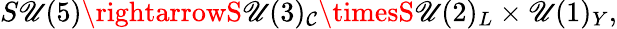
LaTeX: S\mathscr{U}(5)\rightarrowS\mathscr{U}(3)_{\mathcal{C}}\timesS\mathscr{U}(2)_{L}\times\mathscr{U}(1)_{Y},